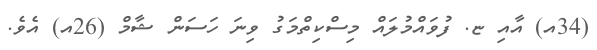
(34އ) އާއި ޏ. ފުވައްމުލައް މިސްކިތްމަގު ވިނަ ހަސަން ޝާމް (26އ) އެވެ.